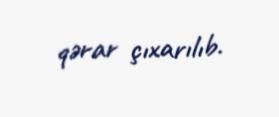
qərar çıxarılıb.